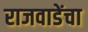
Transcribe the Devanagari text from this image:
राजवाडेंचा